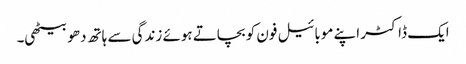
ایک ڈاکٹر اپنے موبائیل فون کو بچاتے ہوئے زندگی سے ہاتھ دھو بیٹھی۔